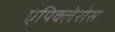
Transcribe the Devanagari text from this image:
एपिक्लेरोस